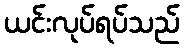
ယင်းလုပ်ရပ်သည်